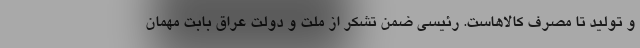
و تولید تا مصرف کالاهاست. رئیسی ضمن تشکر از ملت و دولت عراق بابت مهمان